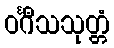
ဝင်္ဂီသသုတ္တံ